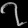
Digit: ၇